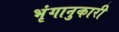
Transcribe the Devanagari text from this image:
भृंगानुकारी